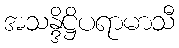
အသန္ဒိဋ္ဌိပရာမာသီ